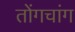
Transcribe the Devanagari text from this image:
तोंगचांग